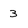
Character: 3